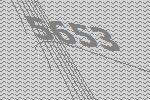
5653